Vital statistics of India. Vol. IV, Annual returns from 1871 to 1876. British Army of India, Native Army and jails of Bengal
Year: 1871
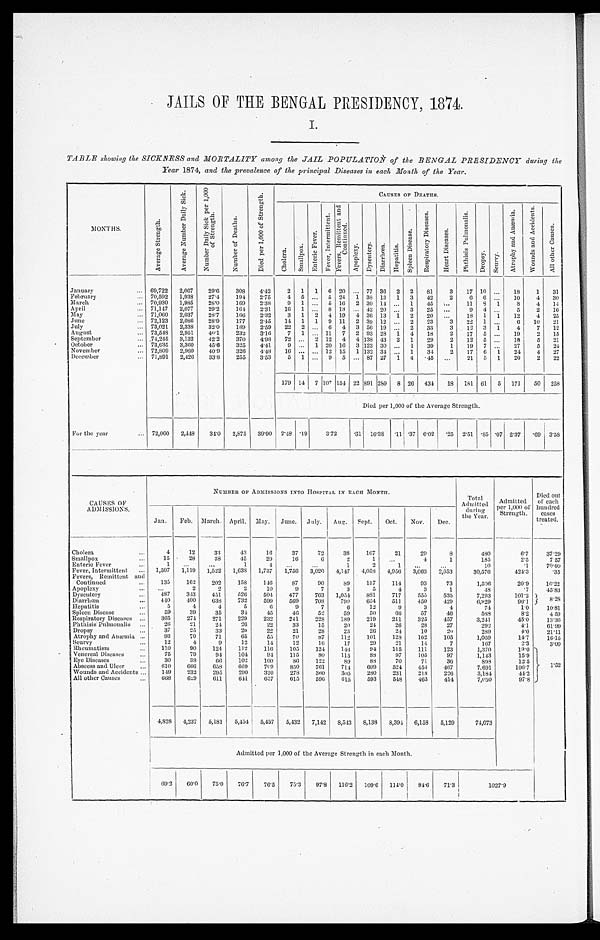
JAILS OF THE BENGAL PRESIDENCY, 1874.
I.
TABLE showing the SICKNESS and MORTALITY among the JAIL POPULATION of the BENGAL PRESIDENCY during the
Year 1874, and the prevalence of the principal Diseases in each Month of the Year.
MONTHS.
A v e r a g e S t r e n g t h .
A v e r a g e N u m b e r D a i l y S i c k .
N u m b e r D a i l y S i c k p e r 1 , 0 0 0
o f S t r e n g t h .
N u m b e r o f D e a t h s .
D i e d p e r 1 , 0 0 0 o f S t r e n g t h .
C A U S E S O F D E A T H S .
C h o l e r a .
S m a l l p o x .
E n t e r i c F e v e r .
F e v e r , I n t e r m i t t e n t .
F e v e r s , R e m i t t e n t a n d
C o n t i n u e d .
A p o p l e x y .
D y s e n t e r y .
D i a r r h œ a . H e p a t i t i s .
S p l e e n D i s e a s e .
R e s p i r a t o r y D i s e a s e s .
H e a r t D i s e a s e s .
P h t h i s i s P u l m o n a l i s .
D r o p s y . S c u r v y .
A t r o p h y a n d A n æ m i a .
W o u n d s a n d A c c i d e n t s .
A l l o t h e r C a u s e s .
January
69,722 2,067 29.6
3 0 8
4.42 2 1 1 6 20
77 36 2 2 81 3 17 10
18 1 31
February
70,592 1,938 27.4 194 2.75 4 5
5 24 1 38 13 1 3 42 2 6 6
10 4 30
March
70,930 1,985 28.0 169 2.38 9 1
5 16 2 30 14
1 45
11 8 1
8 4 14
April
71,147 2,077 29.2 164 2.31 16 1
8 13 42 20
3 25
9 4
5 2 16
May
71,060 2,037 28.7 166 2.32 3 1 2 4 19 4 36 13 1 2 20
18 1 1 12 4 25
June
72,123 2,086 28.9 177 2.45 14 1 1 9 11 2 39 12
2 23 3 22 1
6 10 21
July
73,021 2,338 32.0 189 2.59 22 2
6 4 3 56 19
2 33 3 12 3 1 4 7 12
August
73,548 2,951 40.1 232 3.16 7 1
11 7 2 93 28 1 4 18
2 17 5
19
2 15
September
74,245 3,132
4 2 . 2 370 4.98 72
2 12 4 4 138 43 2 1 29 2 12 5
18 5 21
October
73,635 3,360 45.6 325 4.41 9
1 20 16 3 123 30
1 39 1 19 7
27 5 24
November
72,809 2,980 40.9 326
4 . 4 8 16
12 15 1 132 34
1 34 2 17 6 1 24 4 27
December 71,891 2,426 33.8 255 3.53 5 1
9 5
87 27 1 4 . 4 5
21 5 1 20 2 22
179 14 7 107 154 22 891 289 8 26 434 18 181 61 5 171 50 258
Died per 1,000 of the Average Strength.
For the year 72,060 2,448 34.0 2,875 39.90 2.48 . 1 9 3. 72
. 31 1 6 . 3 8
. 1 1 . 3 7 6 . 0 2
. 2 5 2 . 5 1 . 8 5 . 0 7 2.37 . 6 9 3.58
C A U S E S O F
ADMISSIONS.
NUMBER OF ADMISSIONS INTO HOSPITAL IN EACH MONTH.
Total
Admitted during the Year. Admitted
per 1,000 of
Strength.
Died out
of each
hundred cases
treated.
Jan. Feb. March. April. May. June. July. Aug. Sept. Oct. Nov. Dec.
Chol era
4 12 33 43 16 37 72 38 167 21 29 8
480
6.7 37.29
Smallpox
15 28 38 45 29 16
6
2
1
4 1
185
2.5 7.57
Enteric Fever
1
1
4
1
2
1
10
.1 70.00
Fever, Intermittent
1,507 1,119 1,522 1,638 1,737 1,756 3,020 4,147 4,058 4,956 3,063 2,053
30,576
424.3 .35
Fevers, Remittent and
Continued
135 162 202 158 146 87 90 89 157 114 93 73
1,506
20.9 10.22
Apoplexy
2
2 2 10
9
7
3
5
4
3
1
48
.7 45.83
Dysentery
487 343 451 526 504 477 763 1,054 881 717 555 535
7,293
101.2
8 . 2 8
Diarrhœa
440 400 638 732 599 569 708 799 654 511 450 429
6,929
96.1
Hepatitis
5
4
4
5
6
9
7
6 12
9
3
4
74
1.0 10.81
Spl een Di sease
5 9 39 35 34 45 46 52 59 50 66 57 46
588
8.2 4.59
Respi ratory Di seases
365 274 271 229 232 241 228 189 219 211 325 457
3,241
45.0 13.36
Phthisis Pulmonalis
26 21 24 26
2 2 33 15 20 24 26 28 27
292
4 . 1 61.99
Dropsy
37 25 33 20 22 21 28 23 26 24 10 20
289
4.0 21.11
Atrophy and Anæmia
93 70 71 65 55 70 87 112 101 128 102 105
1,059
14.7 16.15
Scurvy
12
4
9 12 14 12 16 17 29 21 14
7
167
2.3 3.00
Rheumatism 110 90 124 112 116 105 124 146 94 115 111 123
1,370
19.0 1. 52
Venereal Di seases
75 79 94 104 94 115 80 115
8 8 97 105 97
1,143
15.9
Eye Di seases
30 38 66 102 100 86 122 89 88 70 71 36
898
12.5
Abscess and Ul cer
610 666 658 669 709 850 761 714 609 524 454 467
7.691
106.7
Wounds and Accidents
149 232 295 290 320 278 360 305 280 231 218 226
3,184
44.2
All other Causes
6 6 8
6 2 9 611 641 657 615 596 615 593 548 463 414
7,050
97.8
4,828 4,237 5,181 5,454 5,437 5,432 7,142 8,543 8,138 8,394 6,158 5,129
74,073
Admitted per 1,000 of the Average Strength in each Month.
69.2 60.0 75.0 76.7 76.5 75. 3 97.8 116.2 109.6
1 1 4 . 0
84. 6 71.3
1 0 2 7 . 9